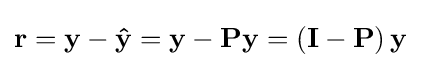
\mathbf {r} =\mathbf {y} -\mathbf {\hat {y}} =\mathbf {y} -\mathbf {P} \mathbf {y} =\left(\mathbf {I} -\mathbf {P} \right)\mathbf {y}